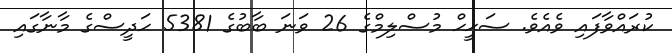
ކުރައްވާފައި ވެއެވެ. ސަޙީޙް މުސްލިމްގެ 26 ވަނަ ބާބުގެ 5381 ޙަދީސްގެ މާނާގައި